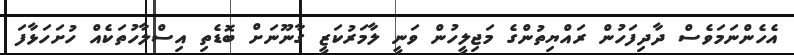
އެހެންނަމަވެސް ދާދިފަހުން ރައްޔިތުންގެ މަޖިލީހުން ވަނީ ލާމަރުކަޒީ ގާނޫނަށް ބޮޑެތި އިސްލާހުތަކެއް ހުށަހަޅާފަ